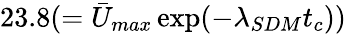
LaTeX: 23.8(=\bar{U}_{max}\exp(-\lambda_{SDM}t_{c}))